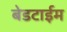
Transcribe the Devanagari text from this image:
बेडटाईम